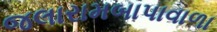
જલારામબાપાવાળા